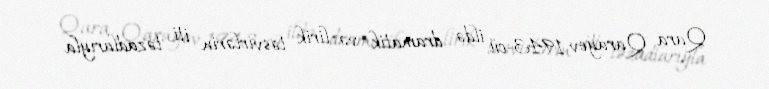
Qara Qarayev 1943-cü ildə dramatik və lirik təsvirlərin iti təzadlarıyla